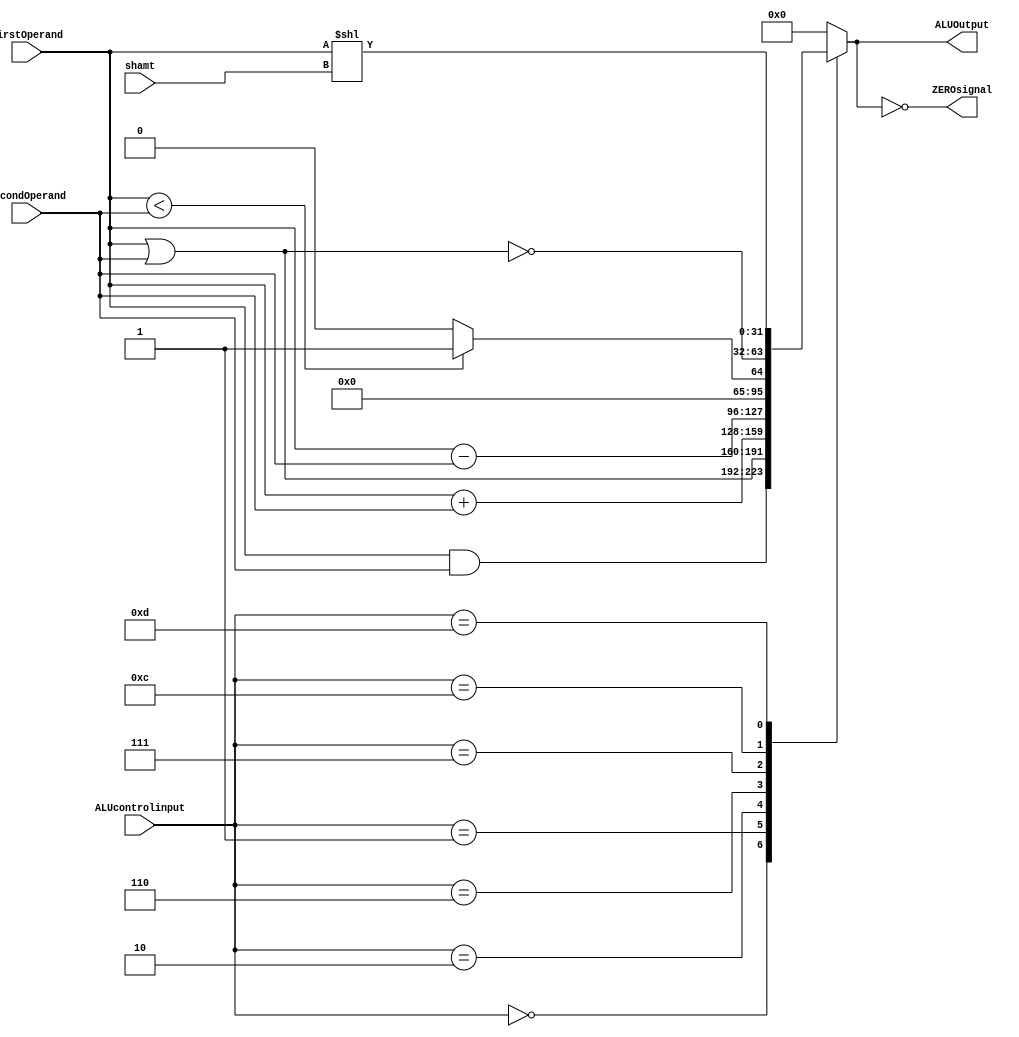
  module ALU(ALUOutput,ZEROsignal,shamt,ALUcontrolinput,FirstOperand,SecondOperand);
input [3:0] ALUcontrolinput;
input [31:0] FirstOperand,SecondOperand;
input [4:0] shamt ;
output [31:0] ALUOutput;
output ZEROsignal;
reg [31:0] ALUOutput;
assign ZEROsignal = (ALUOutput == 0);
always @(ALUcontrolinput,FirstOperand,SecondOperand,shamt)
 begin
    case (ALUcontrolinput)
	   0: ALUOutput <= FirstOperand & SecondOperand;
	   1: ALUOutput <= FirstOperand | SecondOperand;
	   2: ALUOutput <= FirstOperand + SecondOperand;
	   6: ALUOutput <= FirstOperand - SecondOperand;
	   7: ALUOutput <= (FirstOperand < SecondOperand) ? 1 : 0;
	   12: ALUOutput <= ~(FirstOperand | SecondOperand); 
	   13: ALUOutput <= FirstOperand<< shamt ;
	   default: ALUOutput <= 0;
	endcase
	
  end	
endmodule